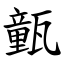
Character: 㼿